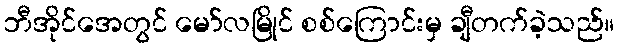
ဘီအိုင်အေတွင် မော်လမြိုင် စစ်ကြောင်းမှ ချီတက်ခဲ့သည်။